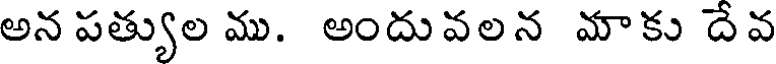
అన పత్యుల ము. అందువలన మాకు దేవ